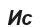
Ис